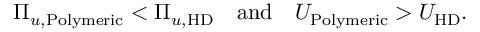
\Pi _ { u , \mathrm { P o l y m e r i c } } < \Pi _ { u , \mathrm { H D } } ~ ~ ~ \mathrm { a n d } ~ ~ ~ U _ { \mathrm { P o l y m e r i c } } > U _ { \mathrm { H D } } .